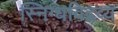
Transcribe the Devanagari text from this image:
स्निग्धविद्रव्य